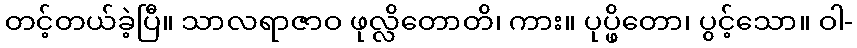
တင့်တယ်ခဲ့ပြီ။ သာလရာဇာဝ ဖုလ္လိတောတိ၊ ကား။ ပုပ္ဖိတော၊ ပွင့်သော။ ဝါ-